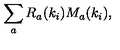
\sum _ { a } R _ { a } ( k _ { i } ) M _ { a } ( k _ { i } ) ,